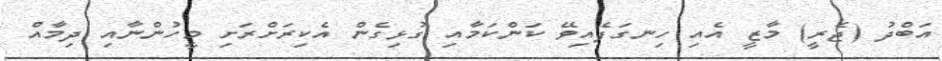
އަބްދު (ޖެރީ) މާޒީ އެއި ހިނގަފެއިވޭ ކަންކަމާއި ގުޅިގެން އެކިރަށްރަށި މީހުންނާއި ދިމާއް